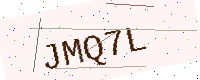
Text: JMQ7L